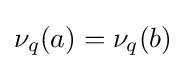
\nu _{q}(a)=\nu _{q}(b)